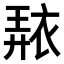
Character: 𧚠